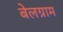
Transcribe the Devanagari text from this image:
बेलग्राम